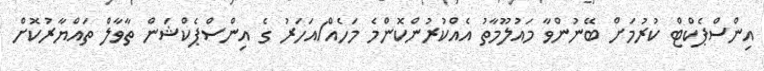
އިންސްޕެކްޓް ކުރުމަށް ބޭނުންވާ މައުލޫމާތު އެއްކުރުންކޮންމެ މަހެއް/އަހަރު ގެ އިންސްޕެކްޝަން ތާވާލް ތައްޔާރުކޮށް